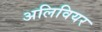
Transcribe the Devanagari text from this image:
अलिवियर